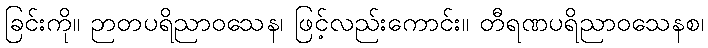
ခြင်းကို။ ဉာတပရိညာဝသေန၊ ဖြင့်လည်းကောင်း။ တီရဏပရိညာဝသေနစ၊